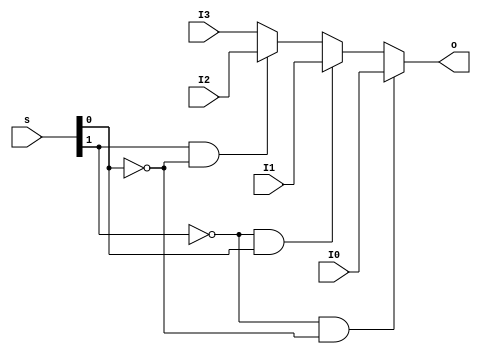
`timescale 1ns / 1ps
//////////////////////////////////////////////////////////////////////////////////
// Company: 
// Engineer: 
// 
// Design Name: 
// Module Name:    MUX4T1_32 
// Project Name: 
// Target Devices: 
// Tool versions: 
// Description: 
//
// Dependencies: 
//
// Revision: 
// Revision 0.01 - File Created
// Additional Comments: 
//
//////////////////////////////////////////////////////////////////////////////////
module MUX4T1_32(input [1:0] s,
					 input [31:0] I0,
					 input [31:0] I1,
					 input [31:0] I2,
					 input [31:0] I3,
					 output reg[31:0] o
    );

		always @(s or I0 or I1 or I2 or I3)
			o <= {!s[1] && !s[0]}?I0:  {!s[1]&& s[0]}?I1: { s[1]&& !s[0]}?I2: I3;

endmodule